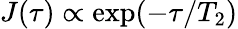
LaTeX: J(\tau)\propto\exp(-\tau/T_{2})